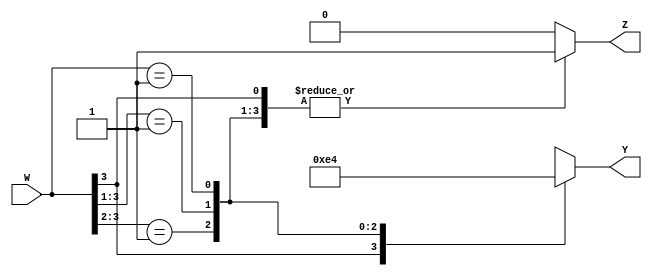
// priority.v
module priority(
	input wire [3:0] W,
	output reg [1:0] Y,
	output reg Z
);

  always@*
  begin
	  Z = 1;
	  casex(W)
		  4'b1xxx: Y = 3;
		  4'b01xx: Y = 2;
		  4'b001x: Y = 1;
		  4'b0001: Y = 0;
		  default: begin
				Z = 0;
				Y = 2'bxx;
			end
	  endcase
  end	
  
endmodule